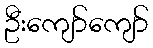
ဦးကျော်ကျော်